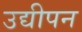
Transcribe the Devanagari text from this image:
उद्यीपन